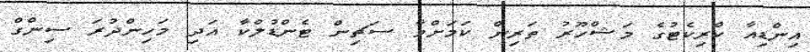
އިންޑިއާ ކްރިކެޓުގެ މަޝްހޫރު ތަރިން ކަމަށްވާ ސަޗިން ޓެންޑުލްކާ އަދި މަހިންދުރަ ސިންގް